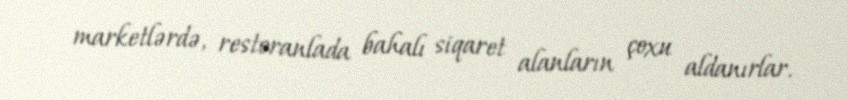
marketlərdə, restoranlada bahalı siqaret alanların çoxu aldanırlar.